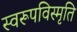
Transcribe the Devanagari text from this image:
स्वरूपविस्मृति